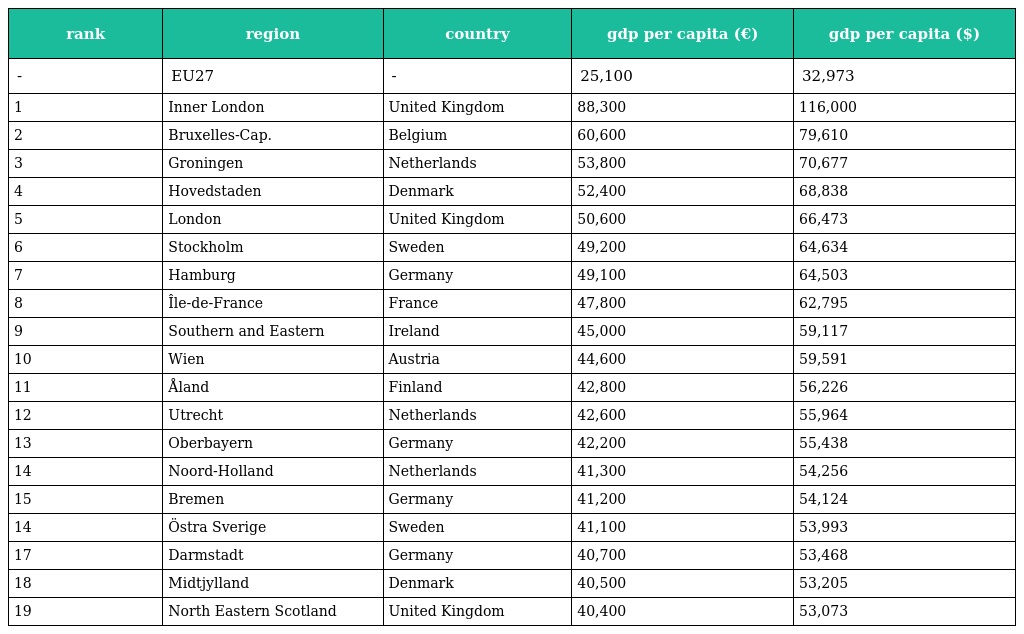
| rank | region | country | gdp per capita (€) | gdp per capita ($) |
 | --- | --- | --- | --- | --- |
 | - | EU27 | - | 25,100 | 32,973 |
 | 1 | Inner London | United Kingdom | 88,300 | 116,000 |
 | 2 | Bruxelles-Cap. | Belgium | 60,600 | 79,610 |
 | 3 | Groningen | Netherlands | 53,800 | 70,677 |
 | 4 | Hovedstaden | Denmark | 52,400 | 68,838 |
 | 5 | London | United Kingdom | 50,600 | 66,473 |
 | 6 | Stockholm | Sweden | 49,200 | 64,634 |
 | 7 | Hamburg | Germany | 49,100 | 64,503 |
 | 8 | Île-de-France | France | 47,800 | 62,795 |
 | 9 | Southern and Eastern | Ireland | 45,000 | 59,117 |
 | 10 | Wien | Austria | 44,600 | 59,591 |
 | 11 | Åland | Finland | 42,800 | 56,226 |
 | 12 | Utrecht | Netherlands | 42,600 | 55,964 |
 | 13 | Oberbayern | Germany | 42,200 | 55,438 |
 | 14 | Noord-Holland | Netherlands | 41,300 | 54,256 |
 | 15 | Bremen | Germany | 41,200 | 54,124 |
 | 14 | Östra Sverige | Sweden | 41,100 | 53,993 |
 | 17 | Darmstadt | Germany | 40,700 | 53,468 |
 | 18 | Midtjylland | Denmark | 40,500 | 53,205 |
 | 19 | North Eastern Scotland | United Kingdom | 40,400 | 53,073 |